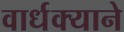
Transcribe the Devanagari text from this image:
वार्धक्याने